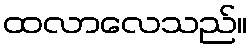
ထလာလေသည်။